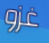
غزو